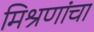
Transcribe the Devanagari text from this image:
मिश्रणांचा